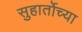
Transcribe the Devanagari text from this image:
सुहार्तोच्या